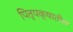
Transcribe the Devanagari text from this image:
पितृपक्षातील